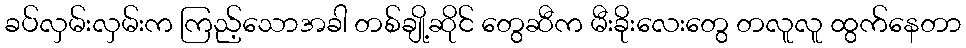
ခပ်လှမ်းလှမ်းက ကြည့်သောအခါ တစ်ချို့ဆိုင် တွေဆီက မီးခိုးလေးတွေ တလူလူ ထွက်နေတာ